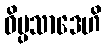
ဝိပ္ပသာဒေဟိ